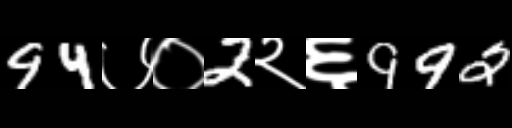
Text: 94७०2२६992